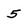
Character: 5